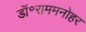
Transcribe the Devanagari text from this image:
डॉ॰राममनोहर